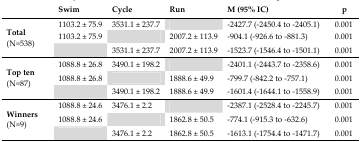
|  | Swim | Cycle | Run | M (95% IC) | p |
 | --- | --- | --- | --- | --- | --- |
 | <ROWSPAN=3> Total (N=538) | 1103.2 ± 75.9 | 3531.1 ± 237.7 |  | −2427.7 (−2450.4 to −2405.1) | 0.001 |
 | 1103.2 ± 75.9 |  | 2007.2 ± 113.9 | −904.1 (−926.6 to −881.3) | 0.001 |
 |  | 3531.1 ± 237.7 | 2007.2 ± 113.9 | −1523.7 (−1546.4 to −1501.1) | 0.001 |
 | <ROWSPAN=3> Top ten (N=87) | 1088.8 ± 26.8 | 3490.1 ± 198.2 |  | −2401.1 (−2443.7 to −2358.6) | 0.001 |
 | 1088.8 ± 26.8 |  | 1888.6 ± 49.9 | −799.7 (−842.2 to −757.1) | 0.001 |
 |  | 3490.1 ± 198.2 | 1888.6 ± 49.9 | −1601.4 (−1644.1 to −1558.9) | 0.001 |
 | <ROWSPAN=3> Winners (N=9) | 1088.8 ± 24.6 | 3476.1 ± 2.2 |  | −2387.1 (−2528.4 to −2245.7) | 0.001 |
 | 1088.8 ± 24.6 |  | 1862.8 ± 50.5 | −774.1 (−915.3 to −632.6) | 0.001 |
 |  | 3476.1 ± 2.2 | 1862.8 ± 50.5 | −1613.1 (−1754.4 to −1471.7) | 0.001 |